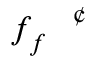
f _ { f } ^ { \mathrm { ~ \scriptsize ~ \textit ~ { ~ \textcent ~ } ~ } }